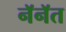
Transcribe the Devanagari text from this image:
नॅनॅत